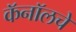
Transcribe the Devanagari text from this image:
कॅनॉलचे